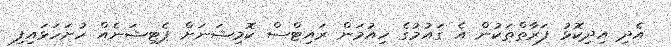
އެދި އިދިކޮޅު ފަރާތްތަކުން އެ ގައުމުގެ ހިއުމަން ރައިޓްސް ކޮމިޝަނަށް ޕެޓިޝަނެއް ހުށަހަޅައިފި